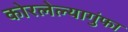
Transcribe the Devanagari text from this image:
कोरलेल्यागुंफा